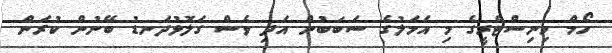
ހޯމް މިނިސްޓްރީގެ މި އަމަލުގެ ސަބަބުން އަދި ވެސް ގަލޮޅުދަނޑު ބޭނުން ކުރަން